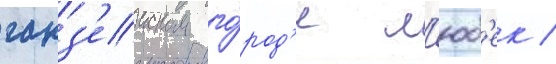
ганз'еиском го́род'е л'юб'ек /